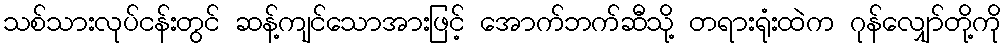
သစ်သားလုပ်ငန်းတွင် ဆန့်ကျင်သောအားဖြင့် အောက်ဘက်ဆီသို့ တရားရုံးထဲက ဂုန်လျှော်တို့ကို